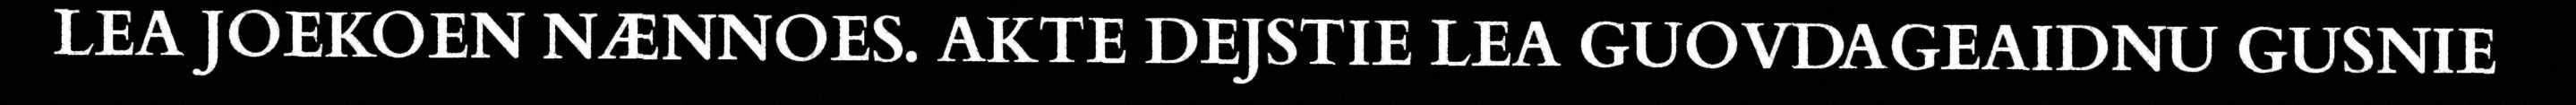
LEA JOEKOEN NÆNNOES. AKTE DEJSTIE LEA GUOVDAGEAIDNU GUSNIE